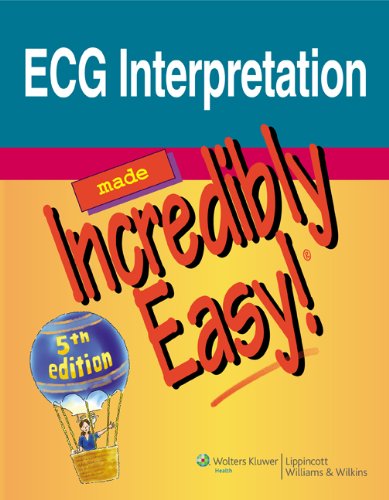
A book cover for ECG Interpretation Made Incredibly Easy! (Incredibly Easy! SeriesÂ®); Medical Books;